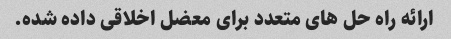
ارائه راه حل های متعدد برای معضل اخلاقی داده شده.